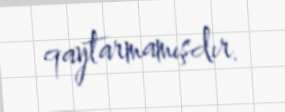
qaytarmamışdır.